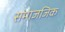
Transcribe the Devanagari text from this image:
समाजजिक